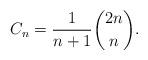
LaTeX: \begin{align*}C_n = \frac{1}{n+1} \binom{2n}{n}.\end{align*}